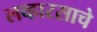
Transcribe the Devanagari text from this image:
लव्हारसाचे